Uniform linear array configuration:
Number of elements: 4
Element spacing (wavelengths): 1
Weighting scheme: cosine
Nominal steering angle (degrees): -60
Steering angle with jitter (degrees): -59.903
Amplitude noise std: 0.05
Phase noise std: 0.05

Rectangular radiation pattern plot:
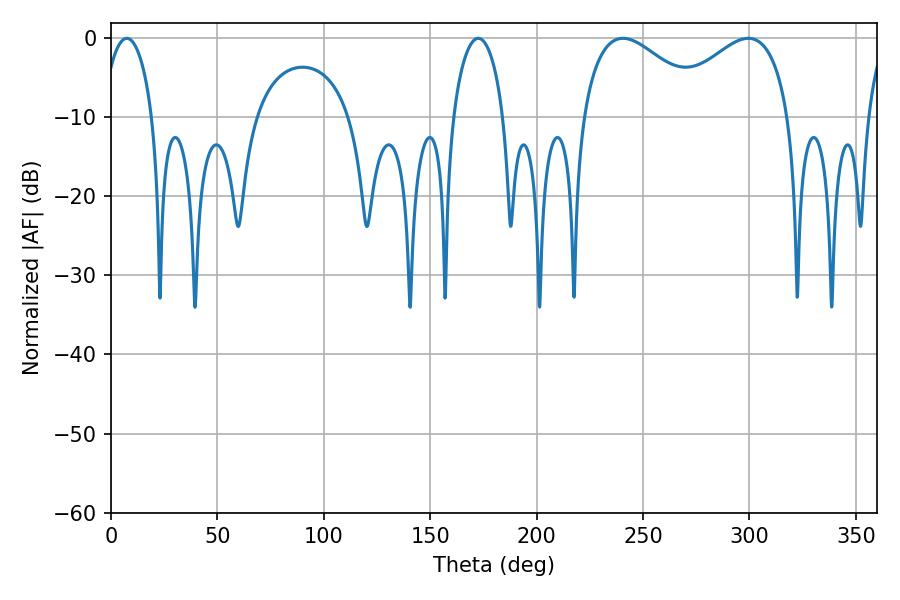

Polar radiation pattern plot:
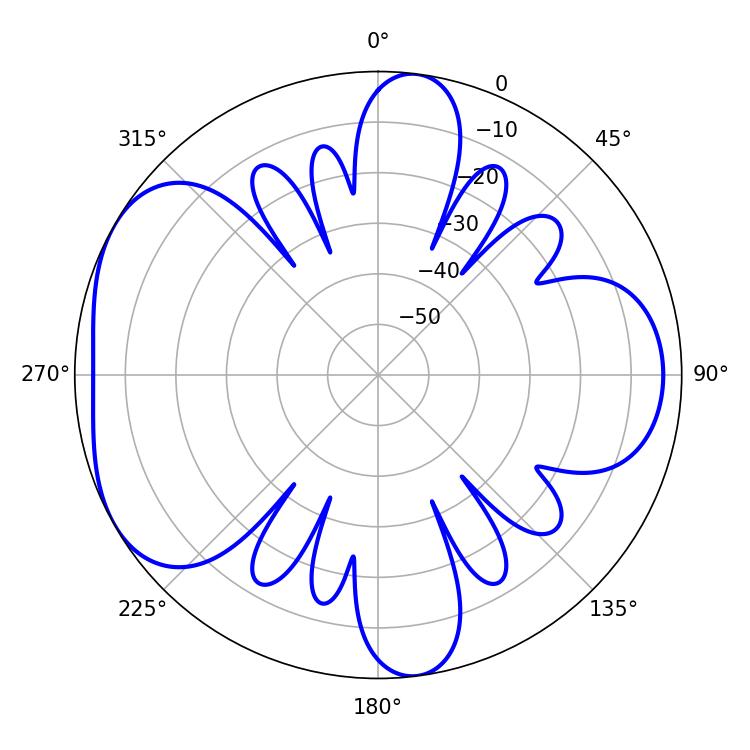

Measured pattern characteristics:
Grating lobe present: TRUE
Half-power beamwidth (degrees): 32.4
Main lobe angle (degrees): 240.48